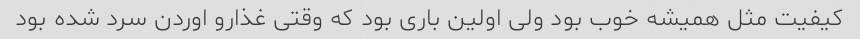
کیفیت مثل همیشه خوب بود ولی اولین باری بود که وقتی غذارو اوردن سرد شده بود